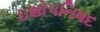
ઇશોપનિષદ